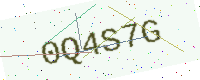
Text: 0Q4S7G